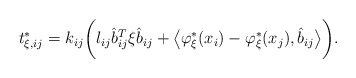
\begin{align*}t^*_{\xi, ij}&= k_{ij} \bigg(l_{ij} \hat{b}_{ij}^T \xi \hat{b}_{ij} + \big\langle \varphi^*_\xi(x_i) - \varphi^*_\xi(x_j), \hat{b}_{ij}\big\rangle\bigg).\end{align*}